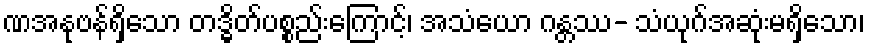
ဏအနုဗန်ရှိသော တဒ္ဓိတ်ပစ္စည်းကြောင့်၊ အသံယော ဂန္တဿ- သံယုဂ်အဆုံးမရှိသော၊